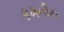
કમનીય